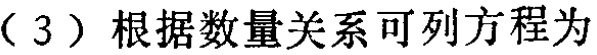
（3）根据数量关系可列方程为